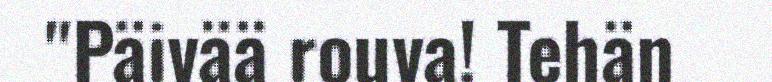
"Päivää rouva! Tehän